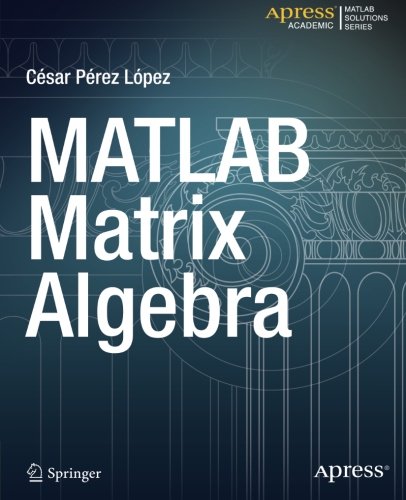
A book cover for MATLAB Matrix Algebra (Matlab Solutions); Cesar Lopez; Science & Math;